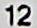
12